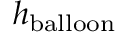
h _ { \mathrm { b a l l o o n } }